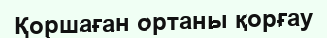
Қоршаған ортаны қорғау